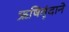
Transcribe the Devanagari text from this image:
ऋषिवृंदाने